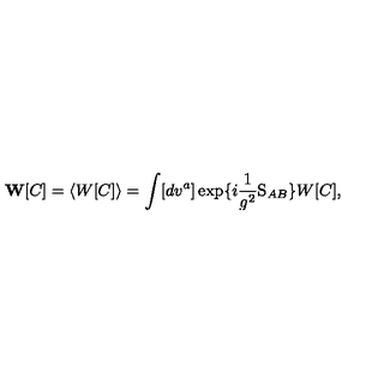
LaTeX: { \bf W } [ C ] = \langle W [ C ] \rangle = \int [ d v ^ { a } ] \exp \{ i \frac { 1 } { g ^ { 2 } } \mathrm { S } _ { A B } \} W [ C ] ,